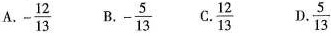
A. - \frac{12}{13} B. - \frac{5}{13} C. \frac{12}{13} D. \frac{5}{13}